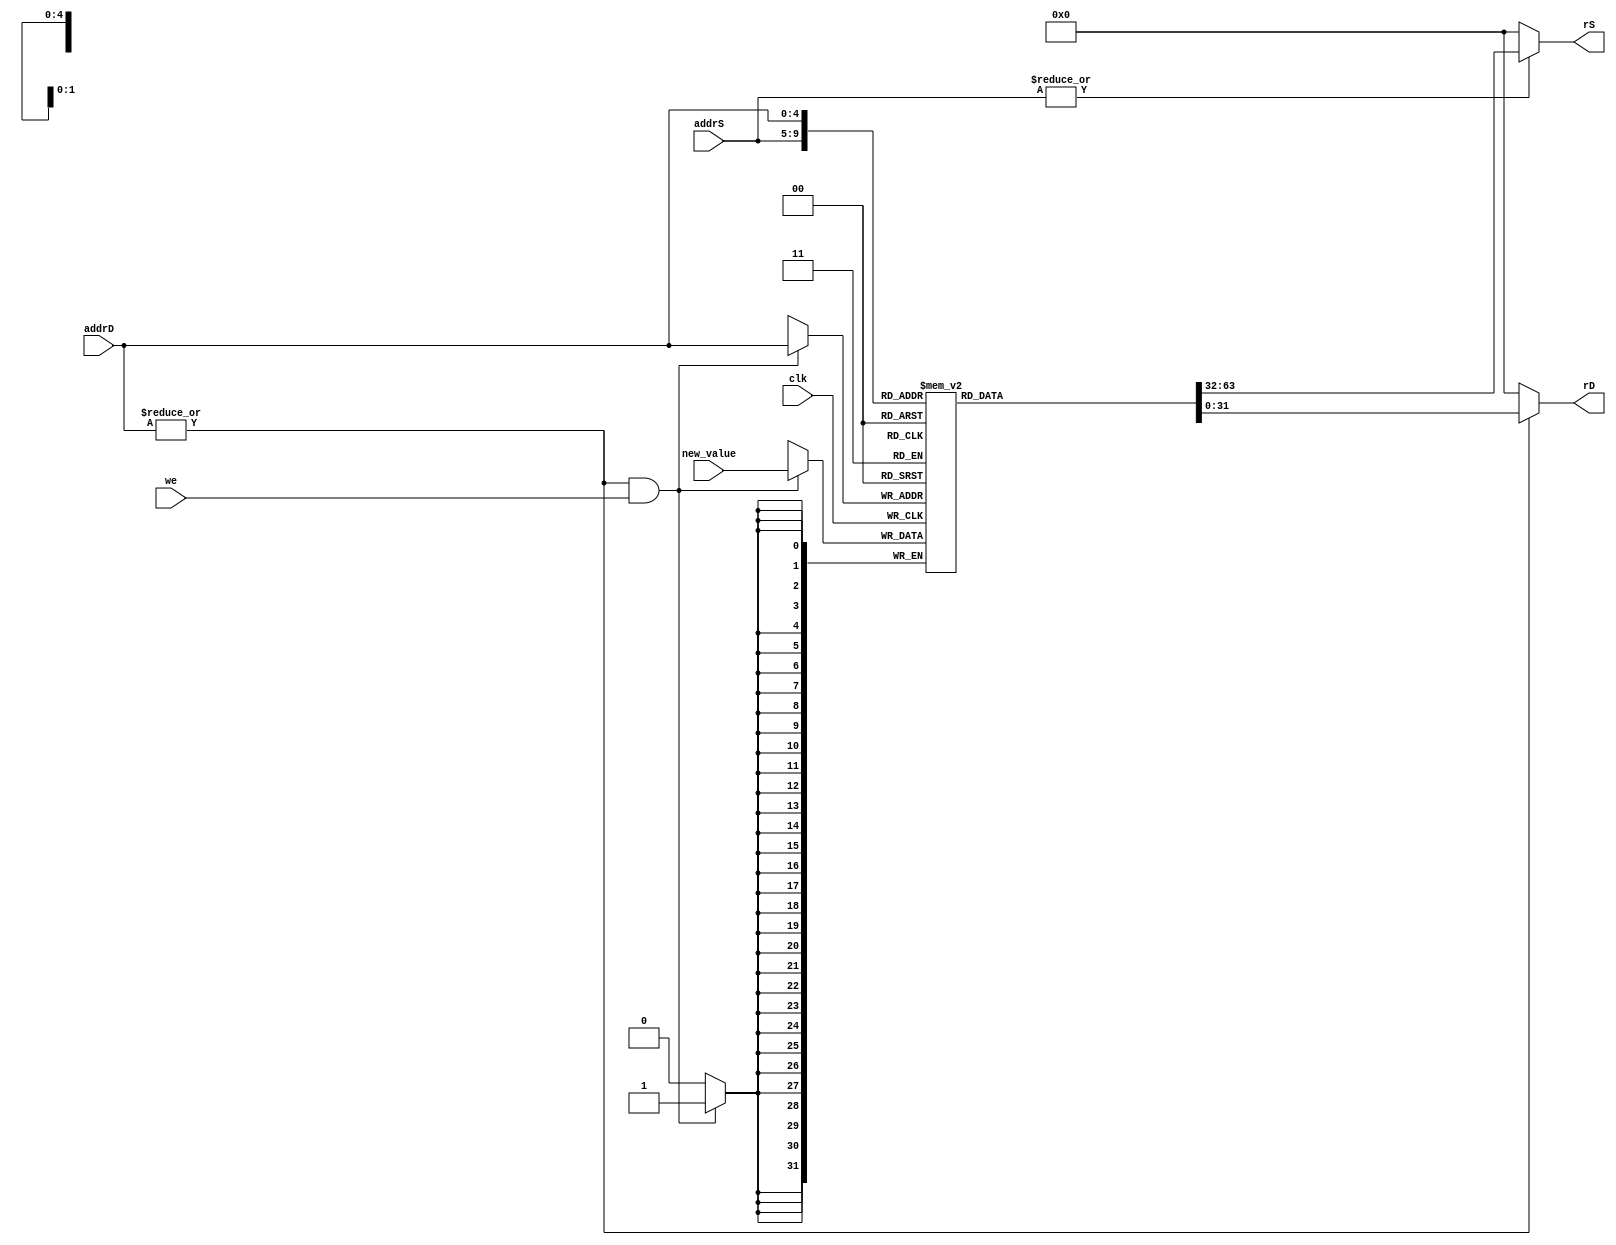
module minimax_rf (
`ifdef USE_POWER_PINS
    inout vdd,	// User area 1 1.8V supply
    inout vss,	// User area 1 digital ground
`endif
    input clk,
    input [4:0] addrS,
    input [4:0] addrD,
    input [31:0] new_value,
    input we,
    output [31:0] rS,
    output [31:0] rD
);

  reg [31:0] register_file[31:1];
  wire addrD_sel;
  wire addrS_sel;

  assign addrS_sel = (|addrS);
  assign addrD_sel = (|addrD);

  // Look up register file contents combinatorially
  assign rS = addrS_sel ? register_file[addrS] : 32'b0;
  assign rD = addrD_sel ? register_file[addrD] : 32'b0;

  always @(posedge clk) begin
    // writeback
    if (addrD_sel & we) begin
      register_file[addrD] <= new_value;
    end
  end

  initial begin
    register_file[31] = 32'b00000000000000000000000000000000;
    register_file[30] = 32'b00000000000000000000000000000000;
    register_file[29] = 32'b00000000000000000000000000000000;
    register_file[28] = 32'b00000000000000000000000000000000;
    register_file[27] = 32'b00000000000000000000000000000000;
    register_file[26] = 32'b00000000000000000000000000000000;
    register_file[25] = 32'b00000000000000000000000000000000;
    register_file[24] = 32'b00000000000000000000000000000000;
    register_file[23] = 32'b00000000000000000000000000000000;
    register_file[22] = 32'b00000000000000000000000000000000;
    register_file[21] = 32'b00000000000000000000000000000000;
    register_file[20] = 32'b00000000000000000000000000000000;
    register_file[19] = 32'b00000000000000000000000000000000;
    register_file[18] = 32'b00000000000000000000000000000000;
    register_file[17] = 32'b00000000000000000000000000000000;
    register_file[16] = 32'b00000000000000000000000000000000;
    register_file[15] = 32'b00000000000000000000000000000000;
    register_file[14] = 32'b00000000000000000000000000000000;
    register_file[13] = 32'b00000000000000000000000000000000;
    register_file[12] = 32'b00000000000000000000000000000000;
    register_file[11] = 32'b00000000000000000000000000000000;
    register_file[10] = 32'b00000000000000000000000000000000;
    register_file[9] = 32'b00000000000000000000000000000000;
    register_file[8] = 32'b00000000000000000000000000000000;
    register_file[7] = 32'b00000000000000000000000000000000;
    register_file[6] = 32'b00000000000000000000000000000000;
    register_file[5] = 32'b00000000000000000000000000000000;
    register_file[4] = 32'b00000000000000000000000000000000;
    register_file[3] = 32'b00000000000000000000000000000000;
    register_file[2] = 32'b00000000000000000000000000000000;
    register_file[1] = 32'b00000000000000000000000000000000;
  end

`ifdef ENABLE_REGISTER_INSPECTION
  // Wires that make it easier to inspect the register file during simulation
  wire [31:0] x0;
  wire [31:0] x1;
  wire [31:0] x2;
  wire [31:0] x3;
  wire [31:0] x4;
  wire [31:0] x5;
  wire [31:0] x6;
  wire [31:0] x7;
  wire [31:0] x8;
  wire [31:0] x9;
  wire [31:0] x10;
  wire [31:0] x11;
  wire [31:0] x12;
  wire [31:0] x13;
  wire [31:0] x14;
  wire [31:0] x15;
  wire [31:0] x16;
  wire [31:0] x17;
  wire [31:0] x18;
  wire [31:0] x19;
  wire [31:0] x20;
  wire [31:0] x21;
  wire [31:0] x22;
  wire [31:0] x23;
  wire [31:0] x24;
  wire [31:0] x25;
  wire [31:0] x26;
  wire [31:0] x27;
  wire [31:0] x28;
  wire [31:0] x29;
  wire [31:0] x30;
  wire [31:0] x31;

  assign cpu_x0 =  32'b0;
  assign cpu_x1 =  register_file[1];
  assign cpu_x2 =  register_file[2];
  assign cpu_x3 =  register_file[3];
  assign cpu_x4 =  register_file[4];
  assign cpu_x5 =  register_file[5];
  assign cpu_x6 =  register_file[6];
  assign cpu_x7 =  register_file[7];
  assign cpu_x8 =  register_file[8];
  assign cpu_x9 =  register_file[9];
  assign cpu_x10 = register_file[10];
  assign cpu_x11 = register_file[11];
  assign cpu_x12 = register_file[12];
  assign cpu_x13 = register_file[13];
  assign cpu_x14 = register_file[14];
  assign cpu_x15 = register_file[15];
  assign cpu_x16 = register_file[16];
  assign cpu_x17 = register_file[17];
  assign cpu_x18 = register_file[18];
  assign cpu_x19 = register_file[19];
  assign cpu_x20 = register_file[20];
  assign cpu_x21 = register_file[21];
  assign cpu_x22 = register_file[22];
  assign cpu_x23 = register_file[23];
  assign cpu_x24 = register_file[24];
  assign cpu_x25 = register_file[25];
  assign cpu_x26 = register_file[26];
  assign cpu_x27 = register_file[27];
  assign cpu_x28 = register_file[28];
  assign cpu_x29 = register_file[29];
  assign cpu_x30 = register_file[30];
  assign cpu_x31 = register_file[31];

`endif // `ifdef ENABLE_REGISTER_INSPECTION

endmodule